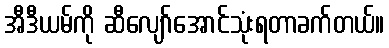
အီဒီယမ်ကို ဆီလျော်အောင်သုံးရတာခက်တယ်။